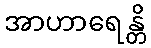
အာဟာရေန္တိ